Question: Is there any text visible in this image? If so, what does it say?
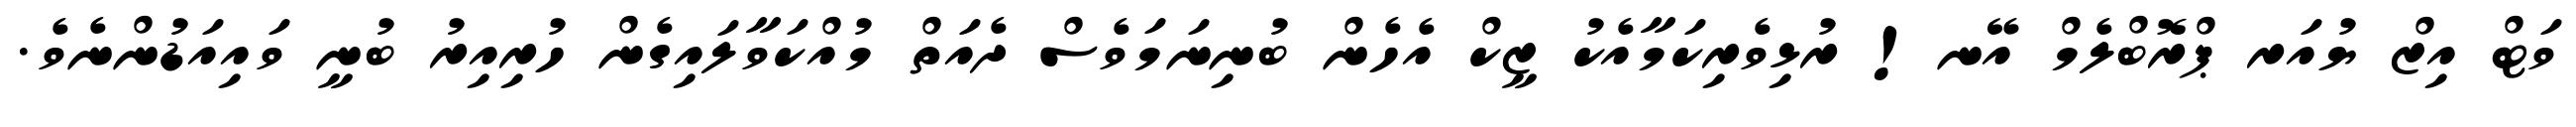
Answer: ވަޓް އިޒް ޔުއަރ ޕްރޮބްލެމް އޭނ! ރުޅިވެރިކަމާއެކު ޒީކް އެހެން ބުނިނަމަވެސް ދެއަތް މުއްކަވާލައިގެން ހުރިއިރު ބުނީ ވައިއަޑުންނެވެ.